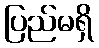
ပြည်မရှိ